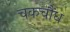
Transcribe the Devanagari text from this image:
चकचौंध